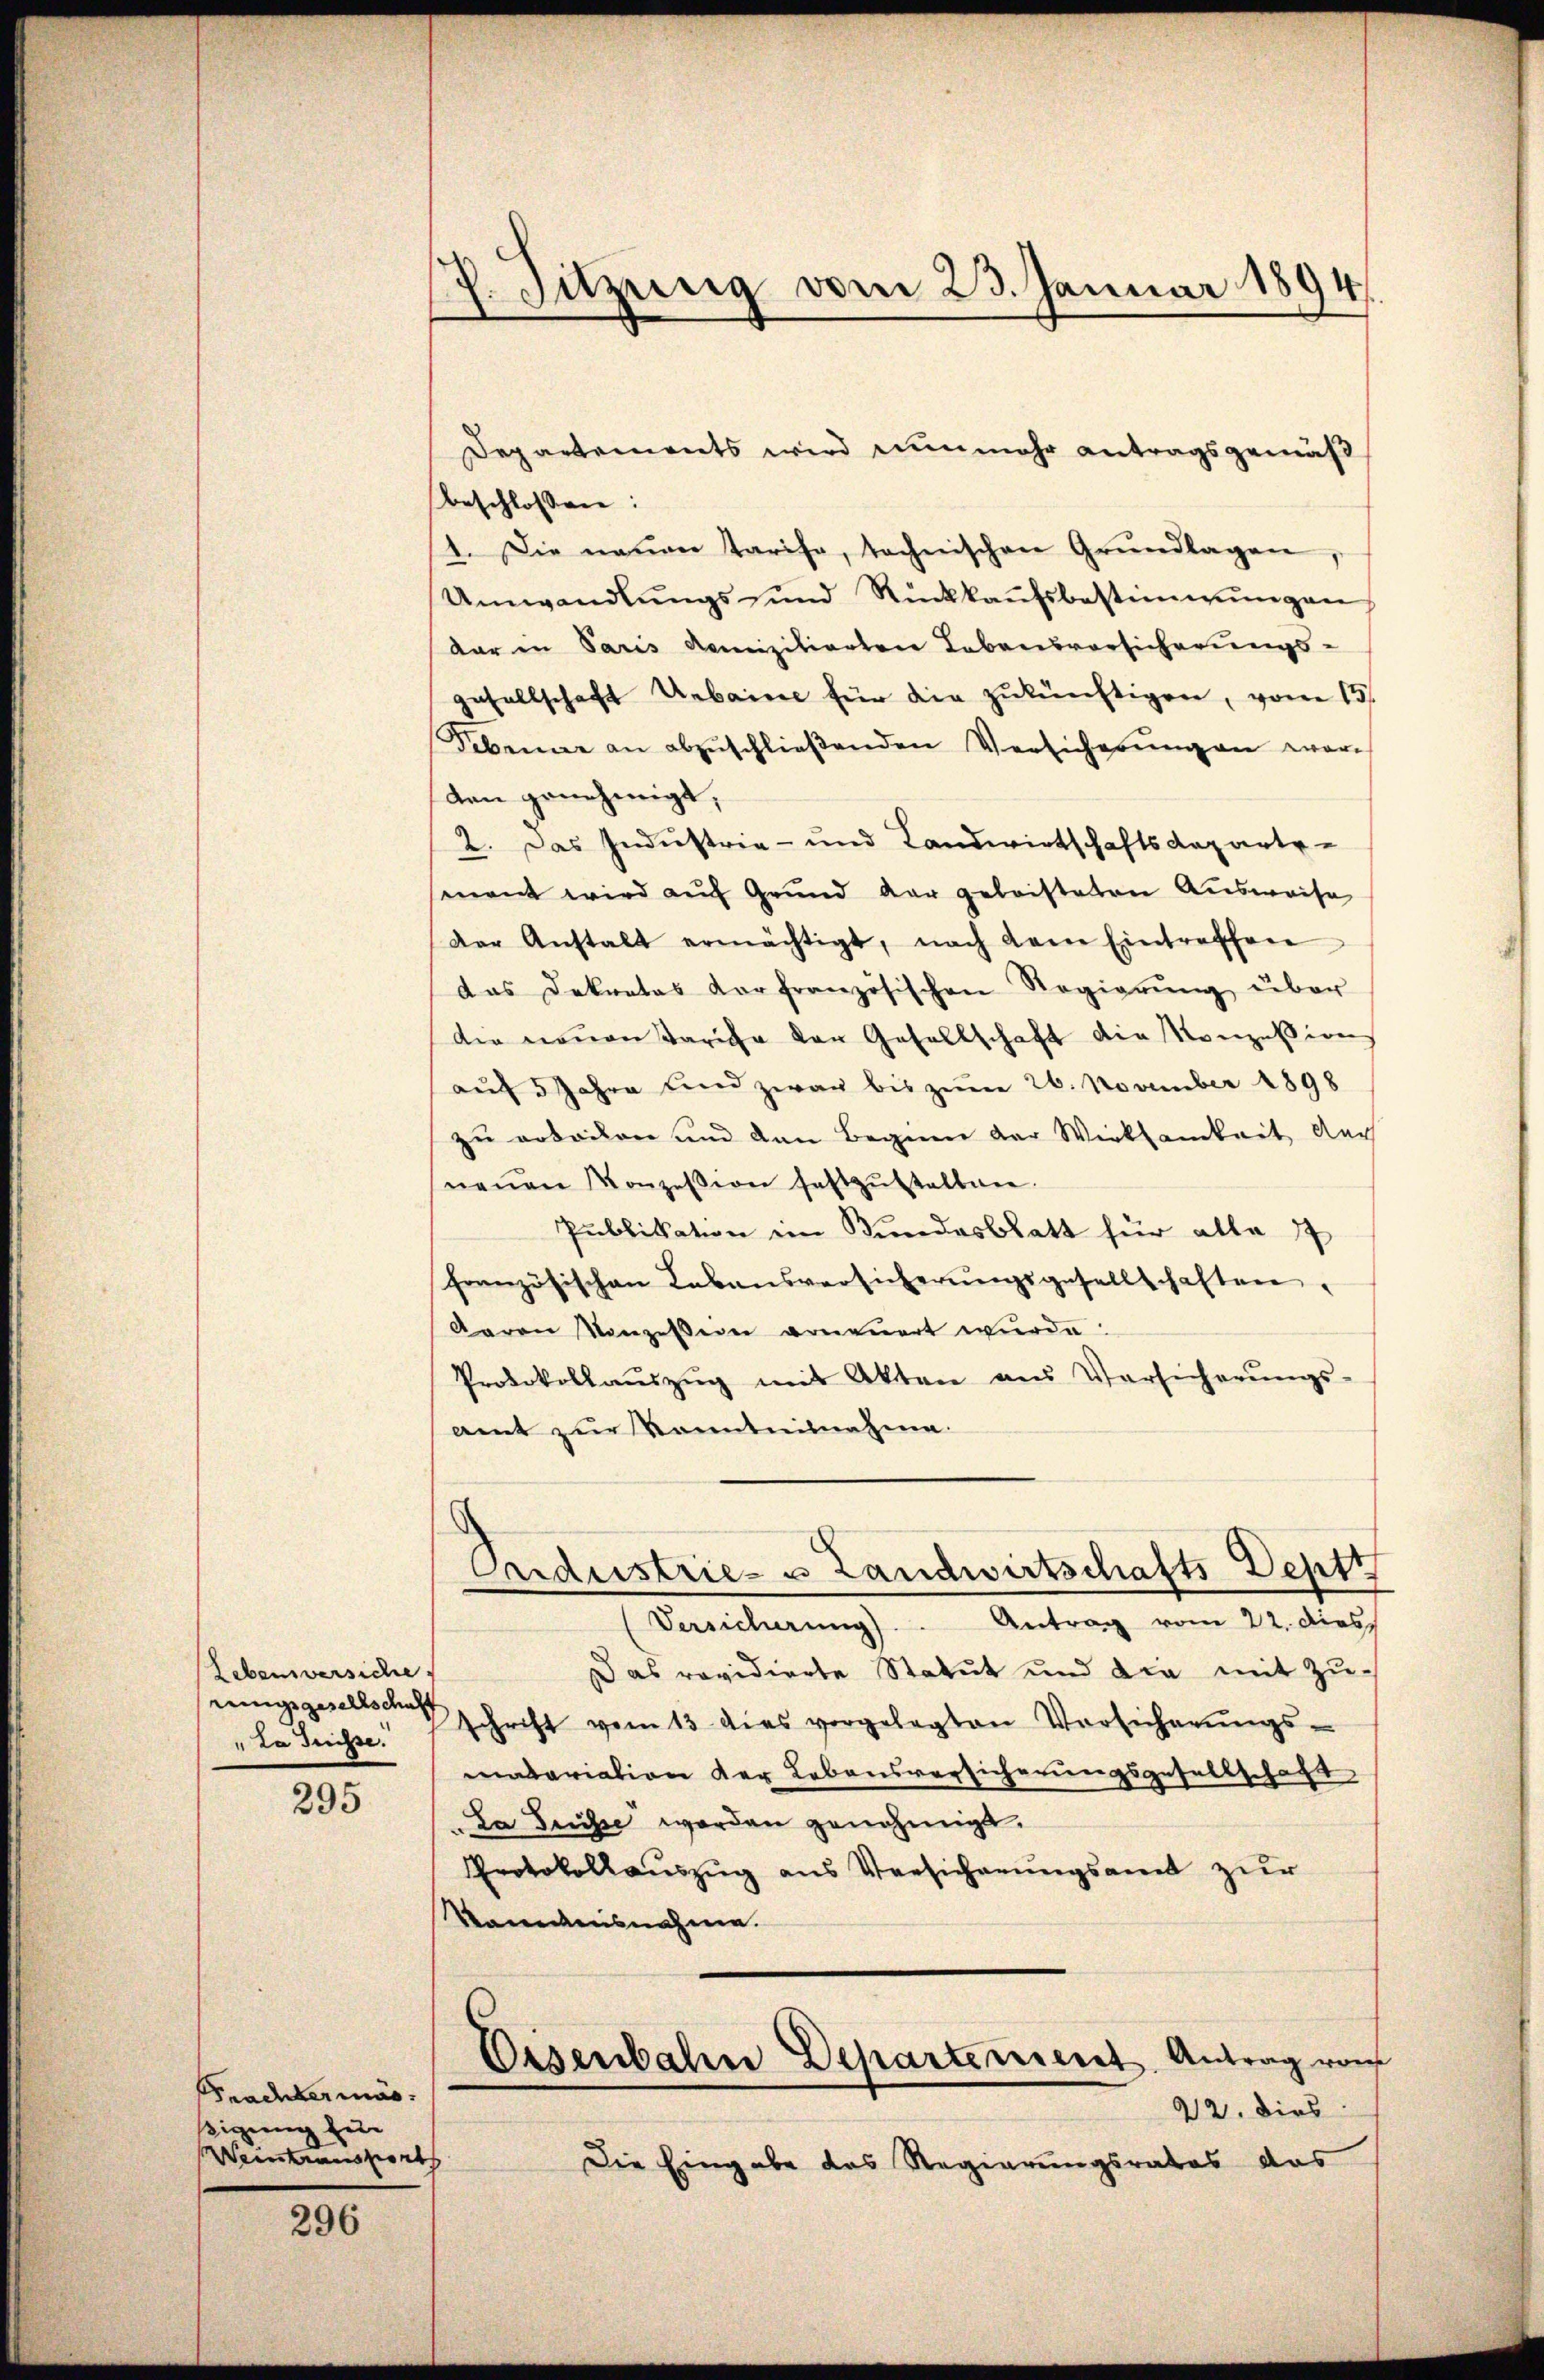
Lebensversiche
einige gesellschaft
" da disse.

295

Fradekermas
igung zur
Weintransport

296

27. Sitzung vom 23. Januar 1894.

Departements wird nunmehr antragsgemäß
beschlossen:
1. Die neuen Tarife, technischen Grŭndlagen,
Umwandlŭngs- und Rückkaŭfsbestimmungen
dar in Paris domizilierten Lebensvorsicherungs-
gesellschaft Urbaine für die zŭkünftigen, vom 15.
Sebenne an abzŭschlieβenden Versicherŭng an war
den genehmigt,
2. Das Industrie- und Landwirtschaftsdeparter-
mant wird auf Grund dar geleisteten Ausweise
der Anstalt ermächtigt, nach dem Eintreffen
das Dekretas Vorfranzösischen Regierŭng über
der neuen Varice der Gesellschaft die Konzession
aŭf 3 Jahre und zwar bis zum 26. November 1898
zu arbeiten und den Beginne der Wirksamkeit der
neŭen Konzession festzŭstalten.
Publikation im Bundesblatt für alle 1
französischen Labansversicherŭngsgesellschaften,
aaren Konzessern erneuert wurde.
Protokollaŭszŭg mit Akten aus Versicherŭngs-
amt zur Kenntnisnahme.
Pardustrie- & Landwirtschafts Deptt
(Versicherŭng. Antrag vom 22. dies
Das revidierte Statut und die mit Zu-
schrift vom 13 dies vorgelegten Vorsicherŭngs-
matariation der Lebensversicherungsgesellschaft
Da Grüsse worden genehmigt.
Protokollauszug aus Versicherungsamt zur
kanntensnahme.
Eisenbahn Departement Antrag von
22. dies
Die Eingabe das Regierungsrates das